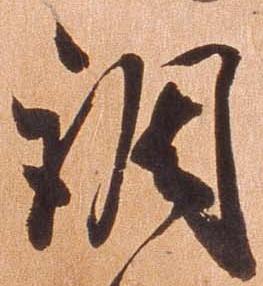
調